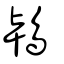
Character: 鴇